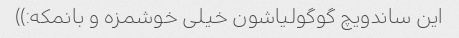
این ساندویچ گوگولیاشون خیلی خوشمزه و بانمکه:))